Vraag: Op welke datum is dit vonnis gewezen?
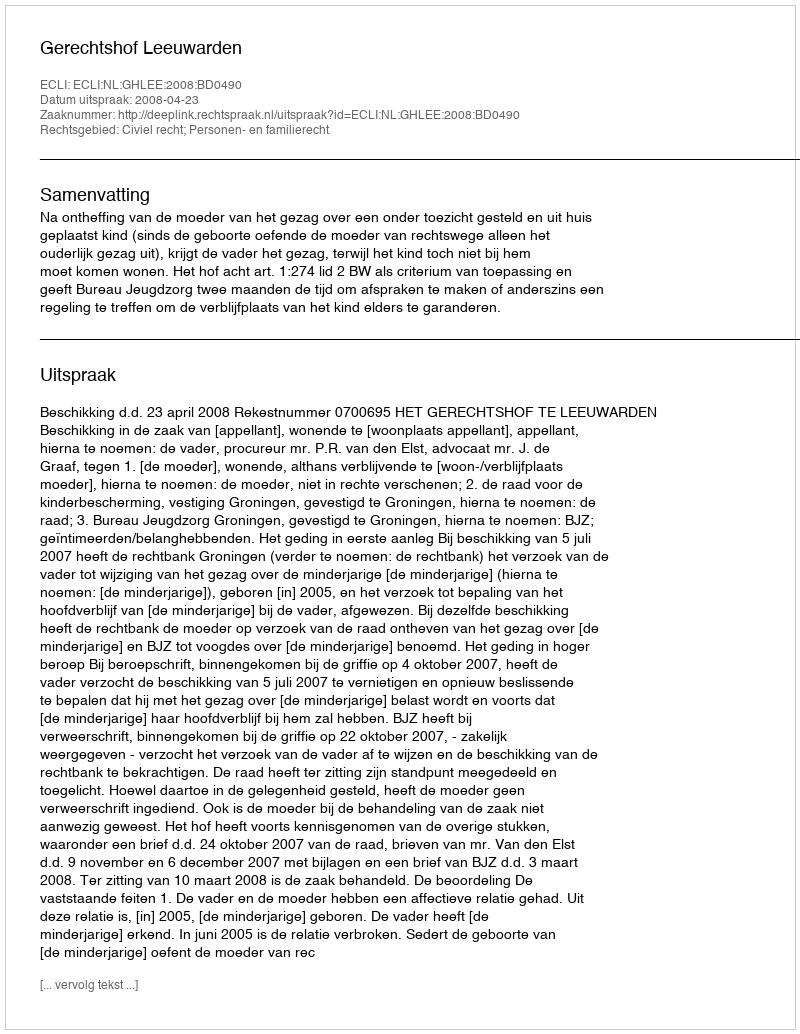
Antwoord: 2008-04-23